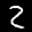
Label: 2